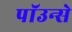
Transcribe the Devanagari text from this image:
पाॅउन्से